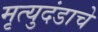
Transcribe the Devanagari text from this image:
मृत्युदंडाचे